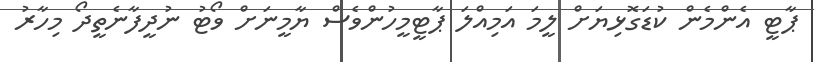
ޕާޓީ އެންމެން ކުޑަގޮޅިޔަށް ލީމަ އަމިއްލަ ޕާޓީމީހުންވެސް ޔާމީނަށް ވޯޓު ނުދީފާނެތީދޯ މިހާރު